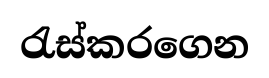
රැස්කරගෙන